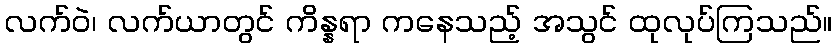
လက်ဝဲ၊ လက်ယာတွင် ကိန္နရာ ကနေသည့် အသွင် ထုလုပ်ကြသည်။